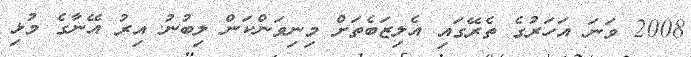
2008 ވަނަ އަހަރުގެ ތެރޭގައި އެލިޒަބެތަށް މިނިވަންކަން ލިބުނު އިރު އޭނާގެ މުޅި